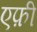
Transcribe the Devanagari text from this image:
एफ़ी